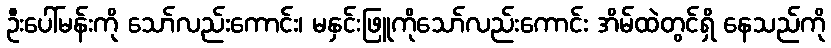
ဦးပေါ်မန်းကို သော်လည်းကောင်း၊ မနှင်းဖြူကိုသော်လည်းကောင်း အိမ်ထဲတွင်ရှိ နေသည်ကို